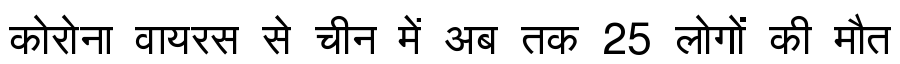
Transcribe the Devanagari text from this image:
कोरोना वायरस से चीन में अब तक 25 लोगों की मौत